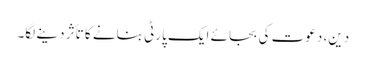
دین، دعوت کی بجائے ایک پارٹی بنانے کا تأثر دینے لگا۔